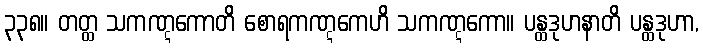
၃၃၈။ တတ္ထ သကဏ္ဋကောတိ စောရကဏ္ဋကေဟိ သကဏ္ဋကော။ ပန္ထဒုဟနာတိ ပန္ထဒုဟာ,